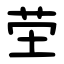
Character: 茔